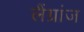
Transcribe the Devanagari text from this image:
लैंग्रांज